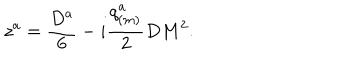
z ^ { a } = { \frac { D ^ { a } } { 6 } } - i { \frac { q _ { ( m ) } ^ { a } } { 2 } } D M ^ { 2 } .